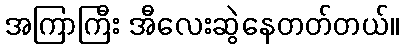
အကြာကြီး အီလေးဆွဲနေတတ်တယ်။